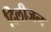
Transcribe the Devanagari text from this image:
दिलीजन